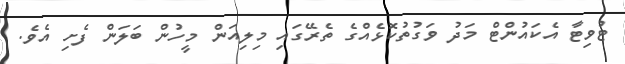
ޓުވިޓާ އެކައުންޓް މަދު ވަގުތުކޮޅެއްގެ ތެރޭގައި މިލިއަން މީހުން ބަލަން ފެށި އެވެ.